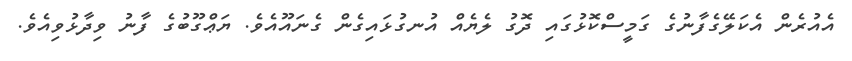
އެއުރެން އެކަލޭގެފާނުގެ ގަމީސްކޮޅުގައި ދޮގު ލެޔެއް އުނގުޅައިގެން ގެނައޫއެވެ. ޔަޢްގޫބުގެ ފާނު ވިދާޅުވިއެވެ.